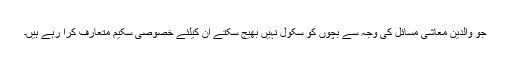
جو والدین معاشی مسائل کی وجہ سے بچوں کو سکول نہیں بھیج سکتے ان کیلئے خصوصی سکیم متعارف کرا رہے ہیں۔